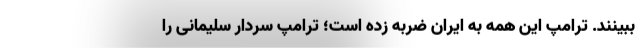
ببینند. ترامپ این همه به ایران ضربه زده است؛ ترامپ سردار سلیمانی را